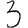
Digit: 3